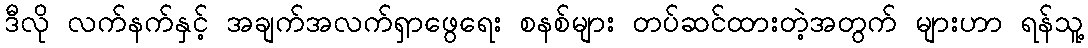
ဒီလို လက်နက်နှင့် အချက်အလက်ရှာဖွေရေး စနစ်များ တပ်ဆင်ထားတဲ့အတွက် များဟာ ရန်သူ့